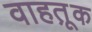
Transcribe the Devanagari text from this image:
वाहतू़क